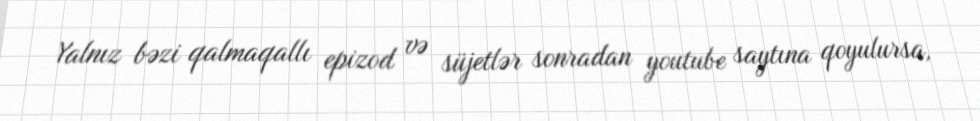
Yalnız bəzi qalmaqallı epizod və süjetlər sonradan youtube saytına qoyulursa,